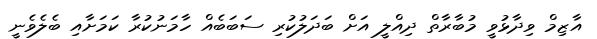
އާޒިމް ވިދާޅުވީ މުބާރާތް ދިއްލީ އަށް ބަދަލުކުރި ސަބަބެއް ހާމަނުކުރާ ކަމަށާއި ބެލެވެނީ